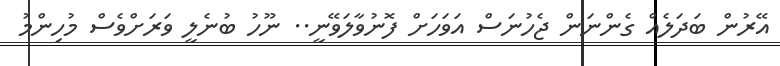
އޭރުން ބަދަލެއް ގެންނަން ޖެހުނަސް އަވަހަށް ފޮނުވާލަވޭނީ.. ނޫހު ބުނެލީ ވަރަށްވެސް މުހިންމު